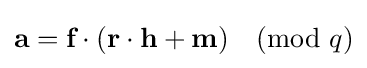
{\textbf {a}}={\textbf {f}}\cdot ({\textbf {r}}\cdot {\textbf {h}}+{\textbf {m}}){\pmod {q}}